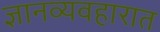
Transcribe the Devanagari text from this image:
ज्ञानव्यवहारात